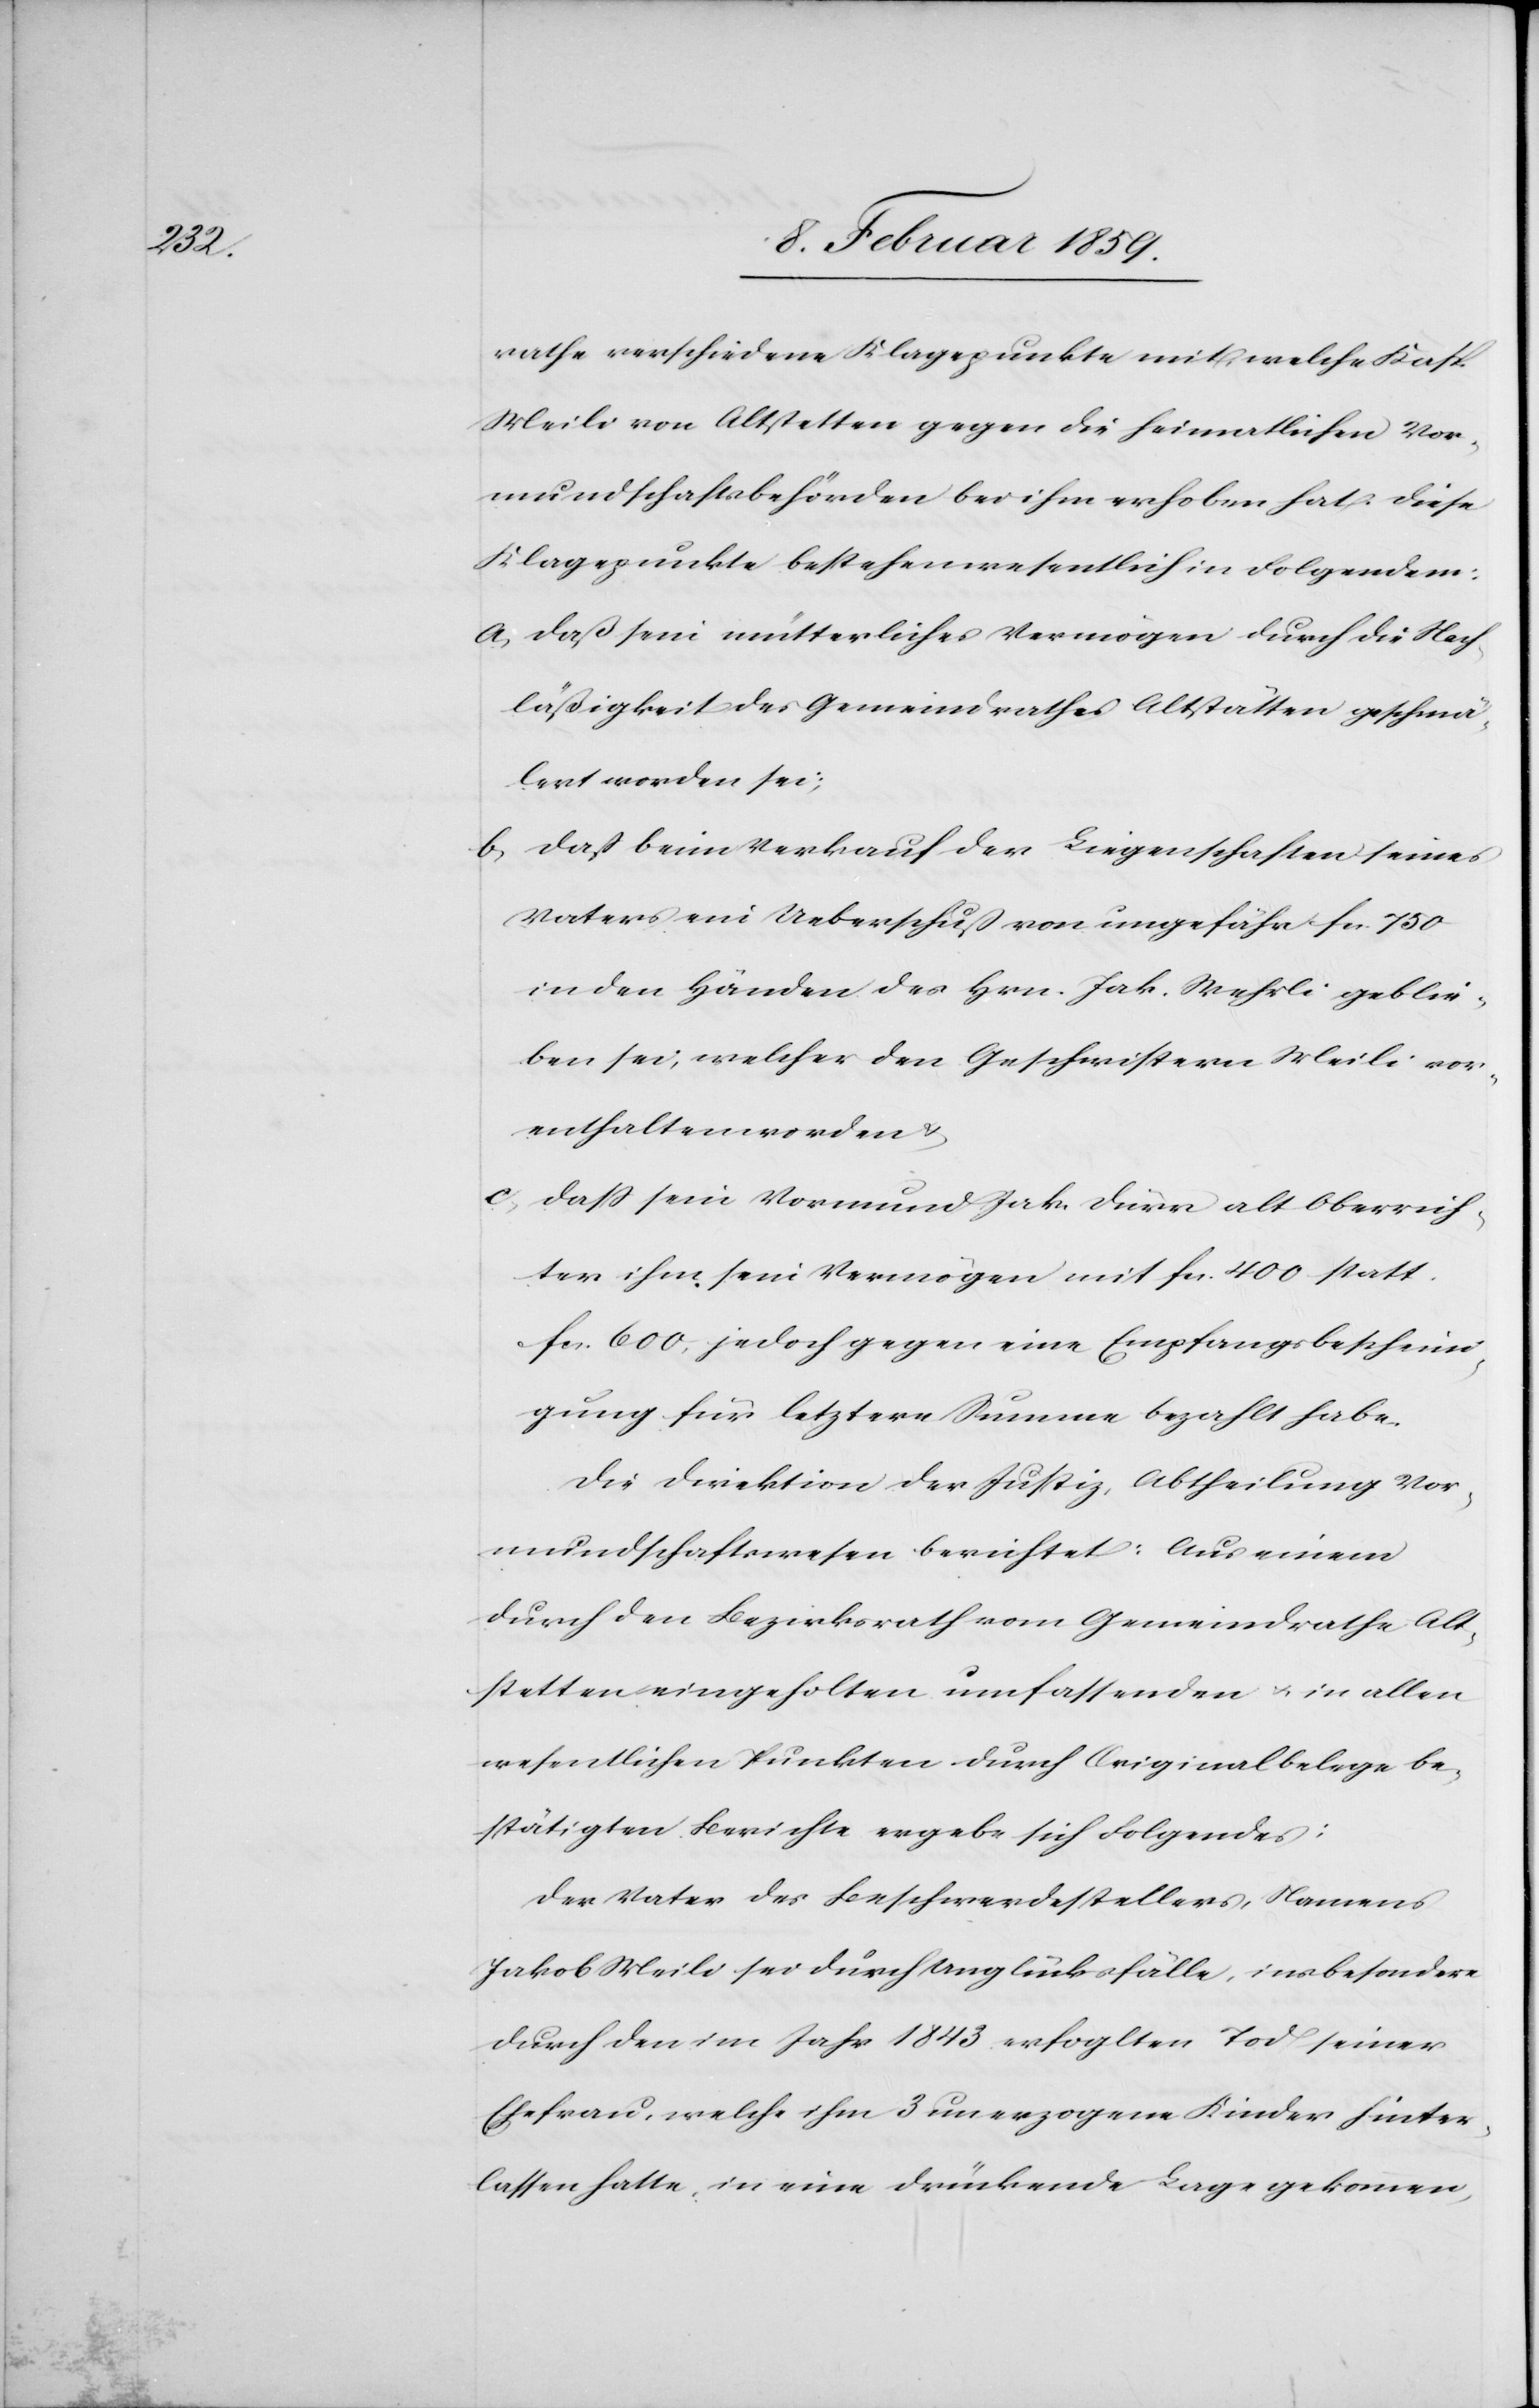
rathe verschiedene Klagepunkte mit, welche Kasp.
Meili von Altstetten gegen die heimatlichen Vor¬
mundschaftsbehörden bei ihm erhoben hat. Diese
Klagepunkte bestehen wesentlich in Folgendem:
a, daß sein mütterliches Vermögen durch die Nach¬
läßigkeit des Gemeindrathes Altstätten geschmä¬
lert worden sei;
b, daß beim Verkauf der Liegenschaften seines
Vaters ein Ueberschuß von ungefähr fcs. 750
in den Händen des Hrn. Jak. Wehrli geblie¬
ben sei, welcher den Geschwistern Meili vor¬
enthalten worden &
c,
daß sein Vormund Jak. Dürr alt Oberrich¬
ter ihm sein Vermögen mit fcs. 400 statt
fcs. 600, jedoch gegen eine Empfangsbeschein¬
igung für letztere Summe bezahlt habe.
Die Direktion der Justiz, Abtheilung Vor¬
mundschaftswesen berichtet: Aus einem
durch den Bezirksrath vom Gemeindrathe Alt¬
stetten eingeholten umfassenden u. in allen
wesentlichen Punkten durch Originalbelege be¬
stätigten Berichte ergebe sich Folgendes:
Der Vater des Beschwerdestellers, Namens
Jakob Meili sei durch Unglücksfälle, insbesondere
durch den im Jahr 1843 erfoglten [recte:
Ehefrau, welche ihm 3 unerzogene Kinder hinter¬
lassen hatte, in eine drückende Lage gekommen,